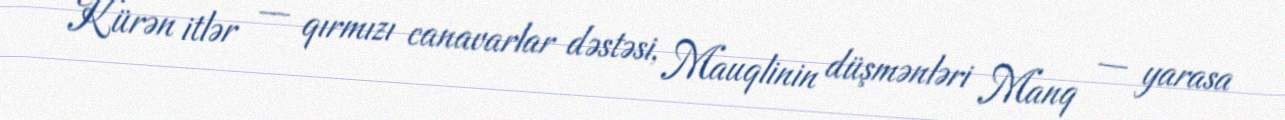
Kürən itlər — qırmızı canavarlar dəstəsi, Mauqlinin düşmənləri Manq — yarasa